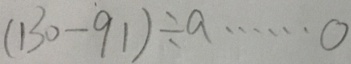
( 1 3 0 - 9 1 ) \div a \cdots 0